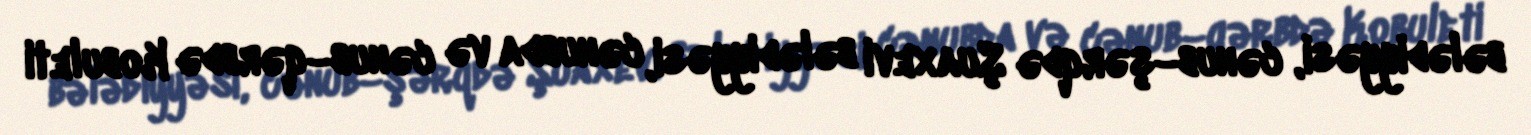
bələdiyyəsi, cənub–şərqdə Şuaxevi bələdiyyəsi, cənubda və cənub–qərbdə Kobuleti